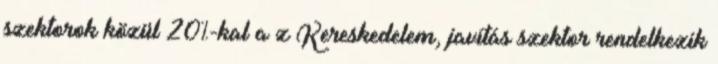
szektorok közül 20%-kal a z Kereskedelem, javítás szektor rendelkezik